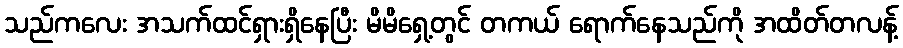
သည်ကလေး အသက်ထင်ရှားရှိနေပြီး မိမိရှေ့တွင် တကယ် ရောက်နေသည်ကို အထိတ်တလန့်